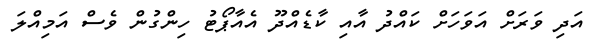
އަދި ވަރަށް އަވަހަށް ކައްދު އާއި ކާޑެއްދޫ އެއާޕޯޓު ހިންގުން ވެސް އަމިއްލަ